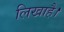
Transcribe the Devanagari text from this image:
लिखाहै।